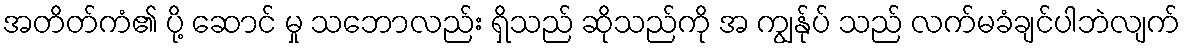
အတိတ်ကံ၏ ပို့ ဆောင် မှု သဘောလည်း ရှိသည် ဆိုသည်ကို အ ကျွန်ုပ် သည် လက်မခံချင်ပါဘဲလျက်